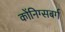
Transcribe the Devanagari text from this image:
कोंनिग्सबर्ग